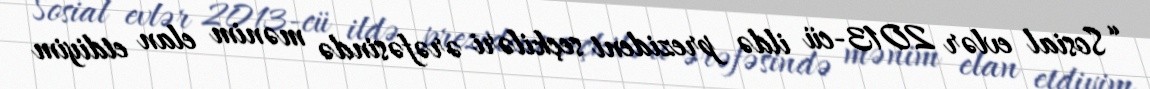
“Sosial evlər 2013-cü ildə prezident seçkiləri ərəfəsində mənim elan etdiyim